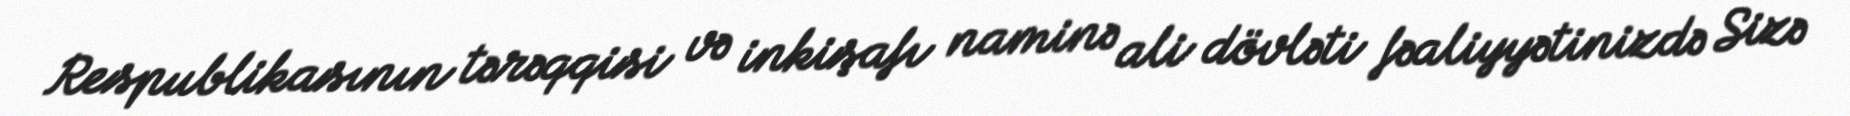
Respublikasının tərəqqisi və inkişafı naminə ali dövləti fəaliyyətinizdə Sizə